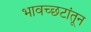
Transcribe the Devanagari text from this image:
भावच्छटांतून